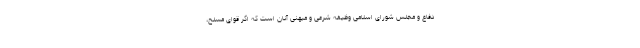
دفاع و مجلس شورای اسلامی وظیفه شرعی و میهنی آنان است که اگر قوای مسلح،